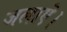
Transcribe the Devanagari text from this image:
जलाऎ।